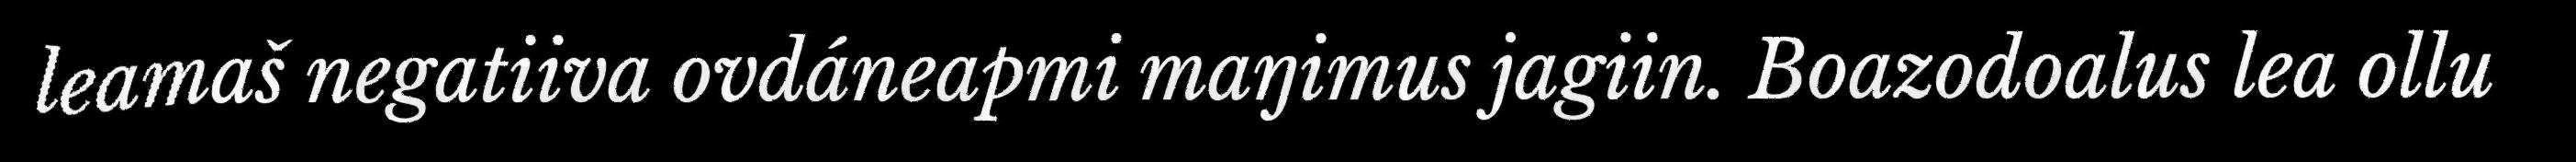
leamaš negatiiva ovdáneapmi maŋimus jagiin. Boazodoalus lea ollu